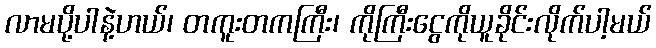
လာမပို့ပါနဲ့ဟယ်၊ တကူးတကကြီး၊ ကိုကြီးငွေကိုယူခိုင်းလိုက်ပါ့မယ်